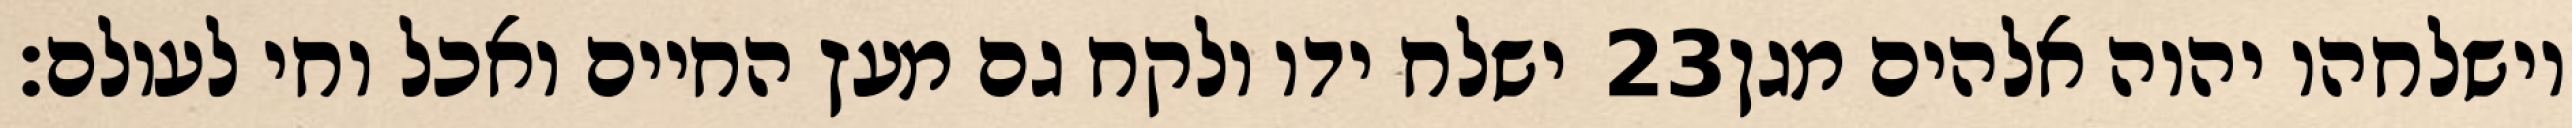
ישלח ידו ולקח גם מעץ החיים ואכל וחי לעולם׃ ‎23‏ וישלחהו יהוה אלהים מגן